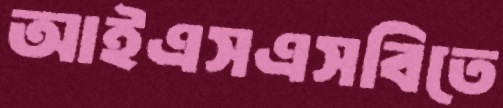
আইএসএসবিতে